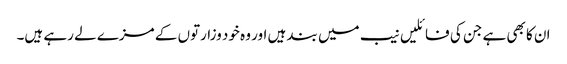
ان کا بھی ہے جن کی فائلیں نیب میں بند ہیں اور وہ خود وزارتوں کے مزے لے رہے ہیں۔